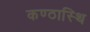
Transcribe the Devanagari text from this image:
कण्ठास्थि